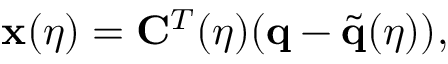
\mathbf { x } ( \eta ) = \mathbf { C } ^ { T } ( \eta ) ( \mathbf { q } - \tilde { \mathbf { q } } ( \eta ) ) ,